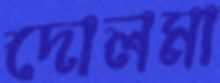
দোলমা